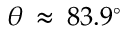
\theta \: \approx \: 8 3 . 9 ^ { \circ }